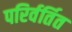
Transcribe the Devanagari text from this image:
परिर्वर्तित